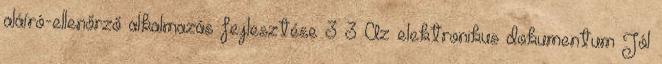
aláíró-ellenőrző alkalmazás fejlesztése 3 3 Az elektronikus dokumentum Jól